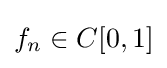
f_{n}\in C[0,1]